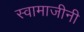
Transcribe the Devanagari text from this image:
स्वामाजीनी